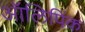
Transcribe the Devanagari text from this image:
ऑलिपिंक